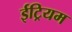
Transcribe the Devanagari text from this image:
ईट्रियम